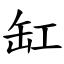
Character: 缸